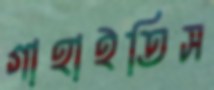
গাহাইতিস